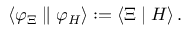
\left\langle \varphi _ { \Xi } \parallel \varphi _ { H } \right\rangle : = \left\langle \Xi \mid H \right\rangle .